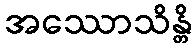
အဿောသိန္တိ